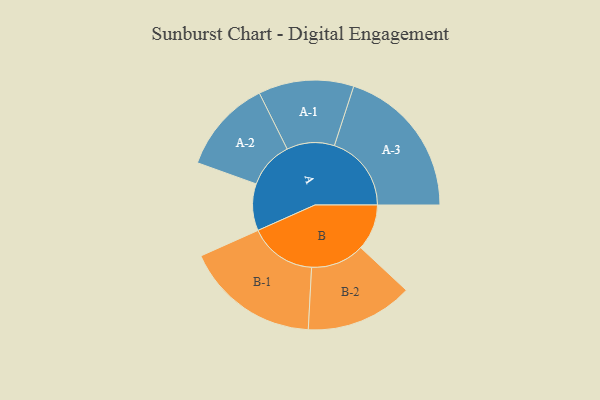
{"axis": {"x": "Segment", "y": "Value"}, "legend": ["", "A", "B"], "data": [{"x": "A", "y": 174, "type": ""}, {"x": "B", "y": 171, "type": ""}, {"x": "A-1", "y": 177, "type": "A"}, {"x": "A-2", "y": 174, "type": "A"}, {"x": "A-3", "y": 286, "type": "A"}, {"x": "B-1", "y": 250, "type": "B"}, {"x": "B-2", "y": 199, "type": "B"}]}